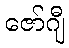
ဇော်ဂျီ